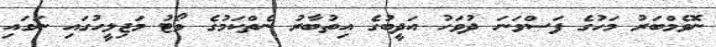
ނޮވެމްބަރު މަހުގެ ފަސްވަނަ ދުވަހު އަދީބުގެ އިތުބާރު ނެތްކަމުގެ ވޯޓު މަޖިލީހުގައި ނަގައި